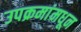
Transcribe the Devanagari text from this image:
उपक्रमांमधून